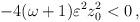
LaTeX: \begin{align*}-4(\omega +1) \varepsilon^2 z_0 ^2 <0 \, ,\end{align*}